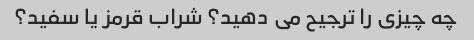
چه چیزی را ترجیح می دهید؟ شراب قرمز یا سفید؟